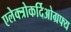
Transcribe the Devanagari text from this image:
एलेक्त्रोकर्दिओग्रफ्य